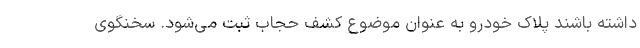
داشته باشند پلاک خودرو به عنوان موضوع کشف حجاب ثبت می‌شود. سخنگوی